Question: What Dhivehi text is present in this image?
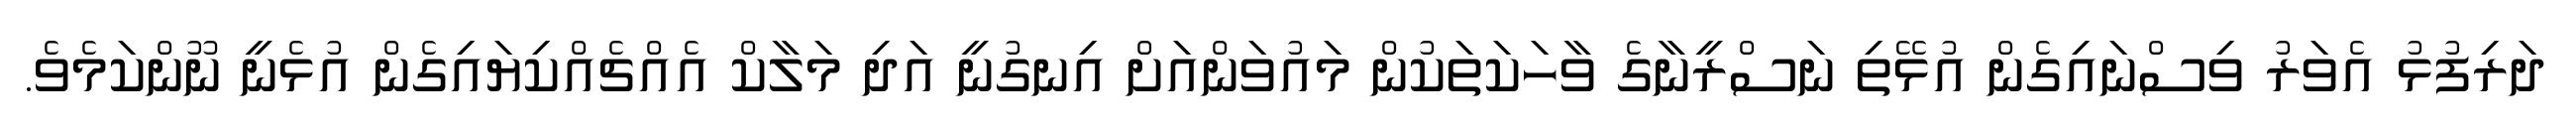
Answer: ދަރިފުޅު އެވަރު ވިސްނައިގެން އުޅޭތި ނަސްރީނާގެ ވާހަކަތަކުން މައުވަންއަށް އިނގުނީ އަދި މަލާކް އެއްޗެއްކިޔައިގެން އުޅެނީ ނޫންކަމެވެ.